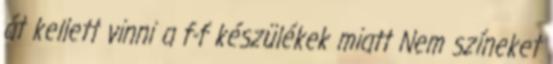
át kellett vinni a f-f készülékek miatt Nem színeket